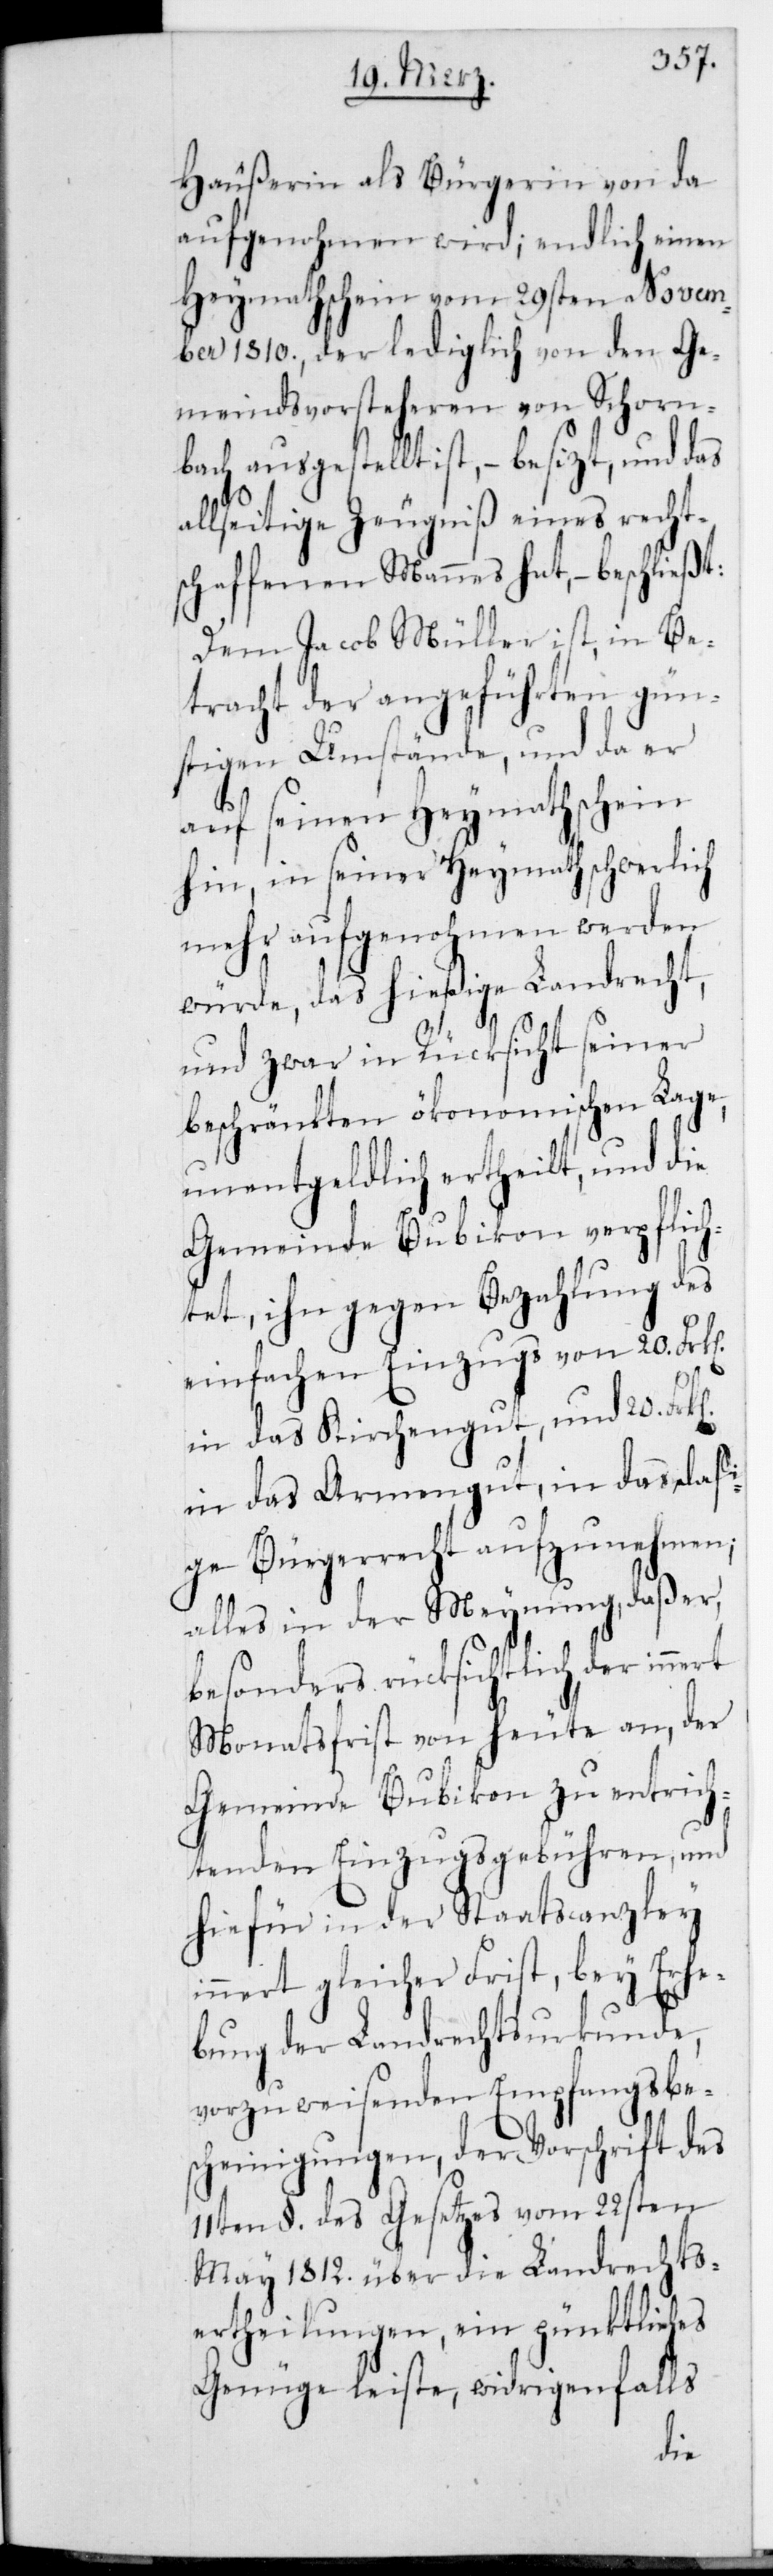
Häußerin als Bürgerin von da
aufgenohmen wird; endlich einen
Heymathschein vom 29sten Novem¬
ber 1810., der lediglich von den Ge¬
meindsvorsteheren von Schorn¬
bach ausgestellt ist, – besitzt, und das
allseitige Zeugnis eines recht¬
schaffenen Mannes hat, – beschließt:
Dem Jacob Müller ist, in Be¬
tracht der angeführten gün¬
stigen Umstände, und da er
auf seinen Heymathschein
hin, in seiner Heymath schwerlich
mehr aufgenohmen werden
würde, das hießige Landrecht,
und zwar in Rücksicht seiner
beschränkten ökonomischen Lage,
unentgeldlich ertheilt, und die
Gemeinde Bubikon verpflich¬
tet, ihn gegen Bezahlung des
einfachen Einzugs von 20. Franken
in das Kirchengut und 20. Fran¬
in das Armengut, in das das¬
ige Bürgerrecht aufzunehmen;
alles in der Meynung, daß er
besonders rücksichtlich der
Monatsfrist von heute an, der
Gemeinde Bubikon zu entrich¬
tenden Einzugsgebühren, und
hiefür in der Staatscanzley
innert gleicher Frist, bey Erhe¬
bung der Landrechtsurkunde,
vorzuweisenden Empfangsbe¬
scheinigungen, der Vorschrift des
11ten §. des Gesetzes vom 22sten
May 1812. über die Landrechts¬
ertheilungen, ein pünktliches
Genüge leiste, widrigenfalls
ken